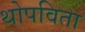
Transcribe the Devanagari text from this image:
थोपविता